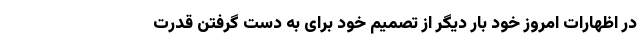
در اظهارات امروز خود بار دیگر از تصمیم خود برای به دست گرفتن قدرت